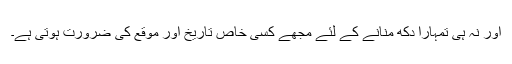
اور نہ ہی تمہارا دُکھ منانے کے لئے مجھے کسی خاص تاریخ اور موقع کی ضرورت ہوتی ہے۔